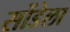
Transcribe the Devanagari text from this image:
सोंडेला